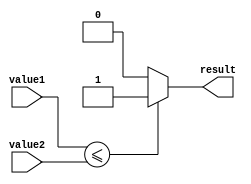
module less_than_or_equal_to(
    input [31:0] value1,
    input [31:0] value2,
    output reg result
);

always @ (*)
begin
    if (value1 <= value2)
        result = 1;
    else
        result = 0;
end

endmodule